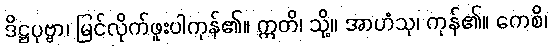
ဒိဋ္ဌပုဗ္ဗာ၊ မြင်လိုက်ဖူးပါကုန်၏။ ဣတိ၊ သို့။ အာဟံသု၊ ကုန်၏။ ကေစိ၊